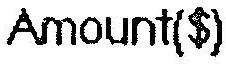
AMOUNT($)